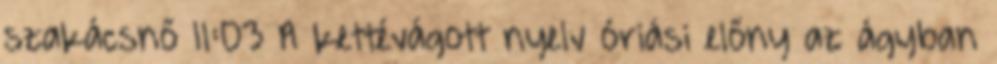
szakácsnő 11:03 A kettévágott nyelv óriási előny az ágyban